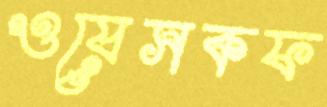
ওয়েসকফ